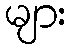
များ